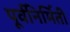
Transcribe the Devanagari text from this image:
पूर्वनिर्मिती